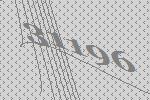
31196